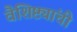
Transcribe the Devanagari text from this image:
वैशिष्ट्यांची